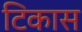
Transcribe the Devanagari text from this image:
टिकास